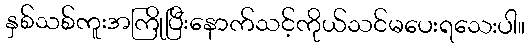
နှစ်သစ်ကူးအကြိုပြီးနောက်သင့်ကိုယ်သင်မပေးရသေးပါ။